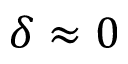
\delta \approx 0